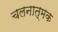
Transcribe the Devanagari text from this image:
चलनात्मक